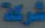
شركة